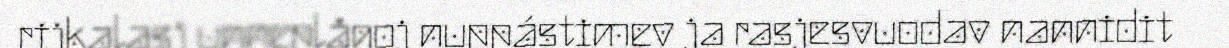
rijkalasj unneplågoj nuppástimev ja rasjesvuodav nannidit